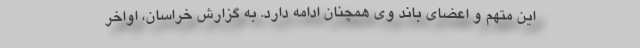
این متهم و اعضای باند وی همچنان ادامه دارد. به گزارش خراسان، اواخر